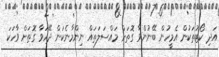
އަދި ކޯޓުތަކުން އެމީހުން ބޭނުންވާ ގޮތަށް މައްސަލަތައް ނިންމާނެކަން ދޭހަވާ ގޮތަށް ވާހަކަ